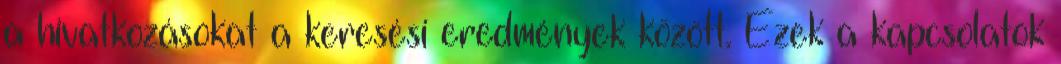
a hivatkozásokat a keresési eredmények között. Ezek a kapcsolatok